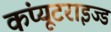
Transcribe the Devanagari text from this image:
कंप्यूटराइज्ड